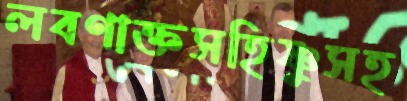
লবণাক্তসহিষ্ণুসহ